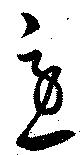
急